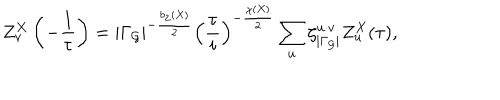
Z _ { v } ^ { X } \left( - \frac { 1 } { \tau } \right) = \vert \Gamma _ { \cal G } \vert ^ { - \frac { b _ { 2 } ( X ) } { 2 } } \left( \frac { \tau } { i } \right) ^ { - \frac { \chi ( X ) } { 2 } } \sum _ { u } \zeta _ { | \Gamma _ { \cal G } | } ^ { u \cdot v } Z _ { u } ^ { X } ( \tau ) ,